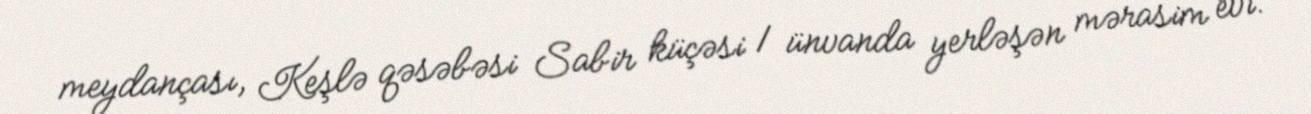
meydançası, Keşlə qəsəbəsi Sabir küçəsi 1 ünvanda yerləşən mərasim evi.